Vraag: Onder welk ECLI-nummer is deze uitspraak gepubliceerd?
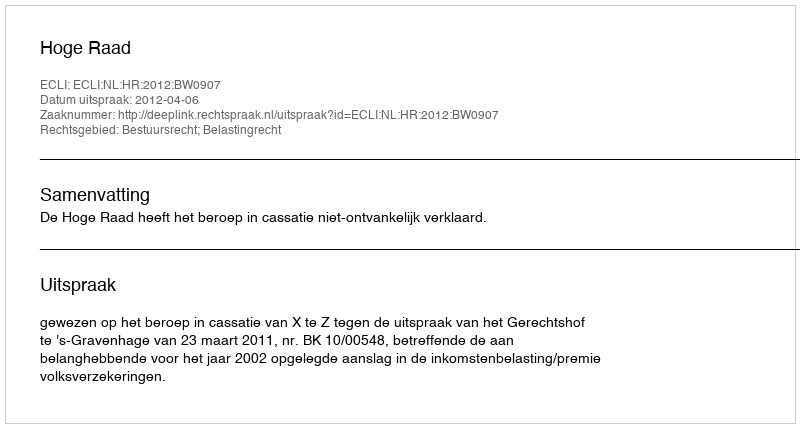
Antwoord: ECLI:NL:HR:2012:BW0907